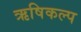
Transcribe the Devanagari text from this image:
ऋषिकल्प